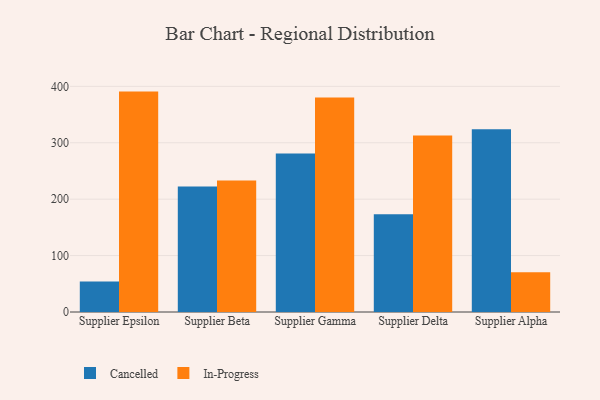
{"axis": {"x": "Supplier", "y": "Satisfaction Score"}, "legend": ["Cancelled", "In-Progress"], "data": [{"x": "Supplier Epsilon", "y": 54.2, "type": "Cancelled"}, {"x": "Supplier Epsilon", "y": 390.7, "type": "In-Progress"}, {"x": "Supplier Beta", "y": 222.5, "type": "Cancelled"}, {"x": "Supplier Beta", "y": 232.9, "type": "In-Progress"}, {"x": "Supplier Gamma", "y": 281.1, "type": "Cancelled"}, {"x": "Supplier Gamma", "y": 380.4, "type": "In-Progress"}, {"x": "Supplier Delta", "y": 173.1, "type": "Cancelled"}, {"x": "Supplier Delta", "y": 312.7, "type": "In-Progress"}, {"x": "Supplier Alpha", "y": 324.0, "type": "Cancelled"}, {"x": "Supplier Alpha", "y": 70.5, "type": "In-Progress"}]}